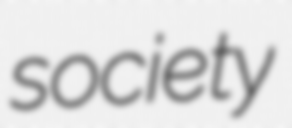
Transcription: society